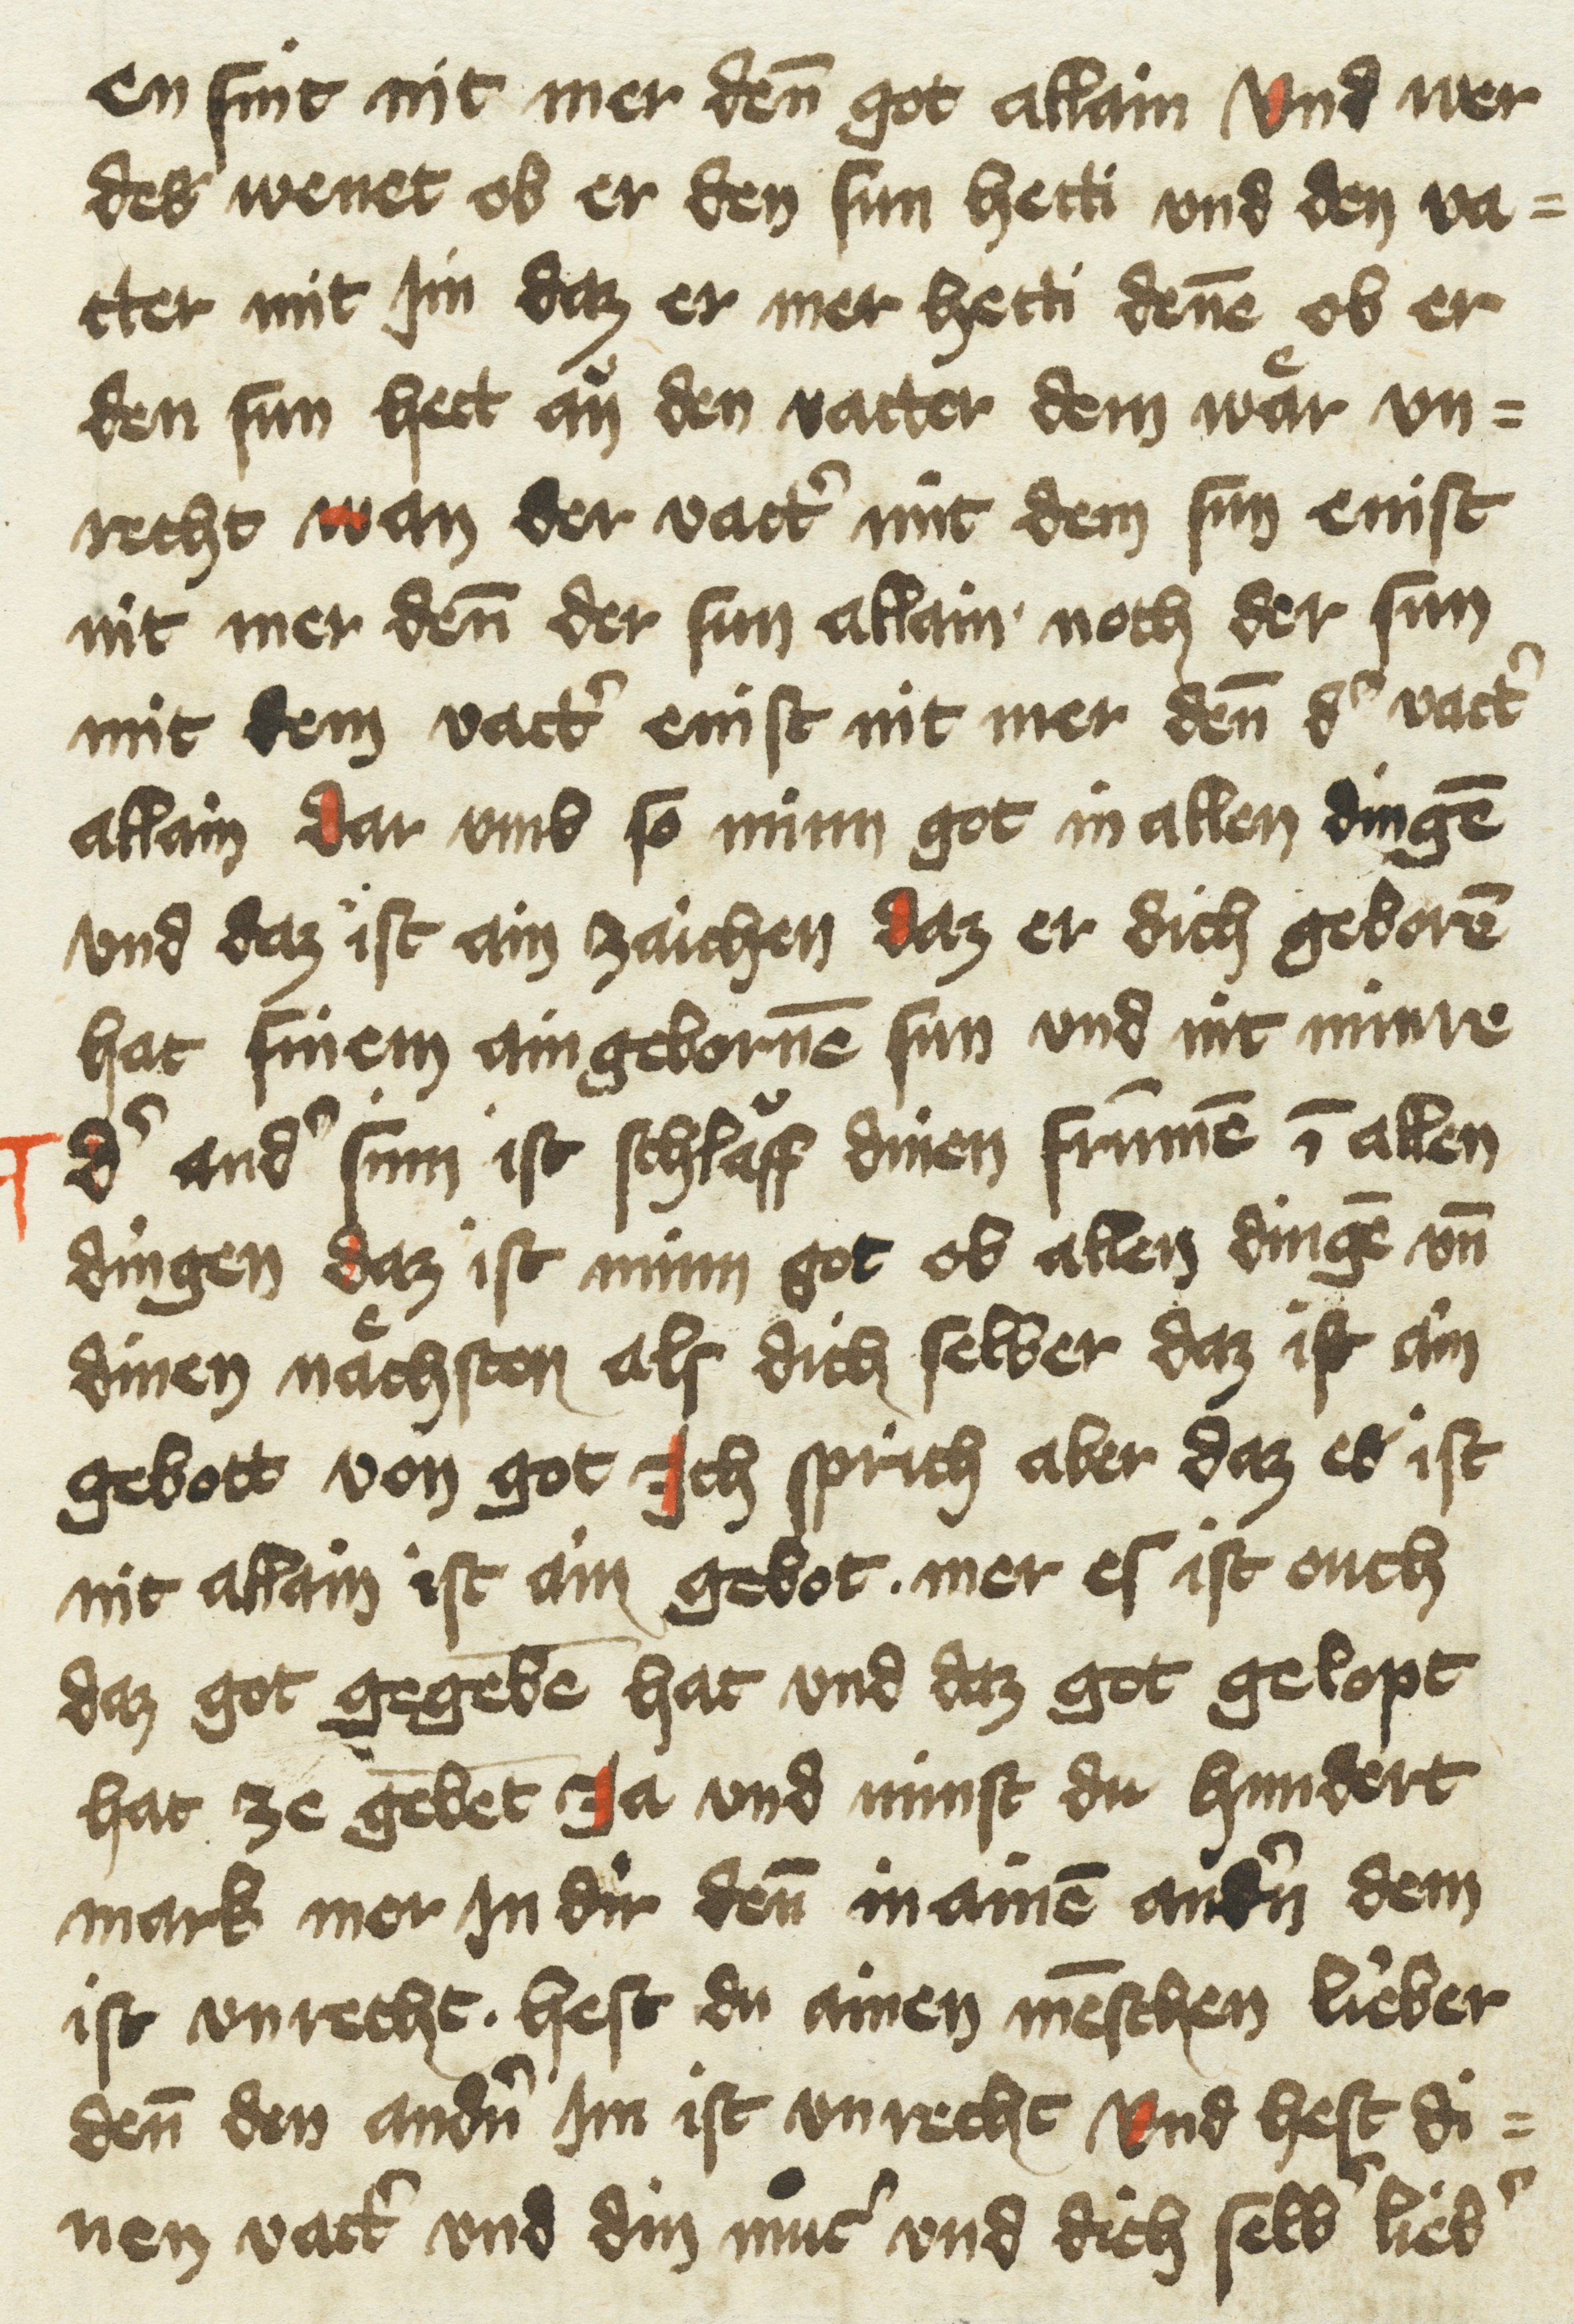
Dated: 1433–1499